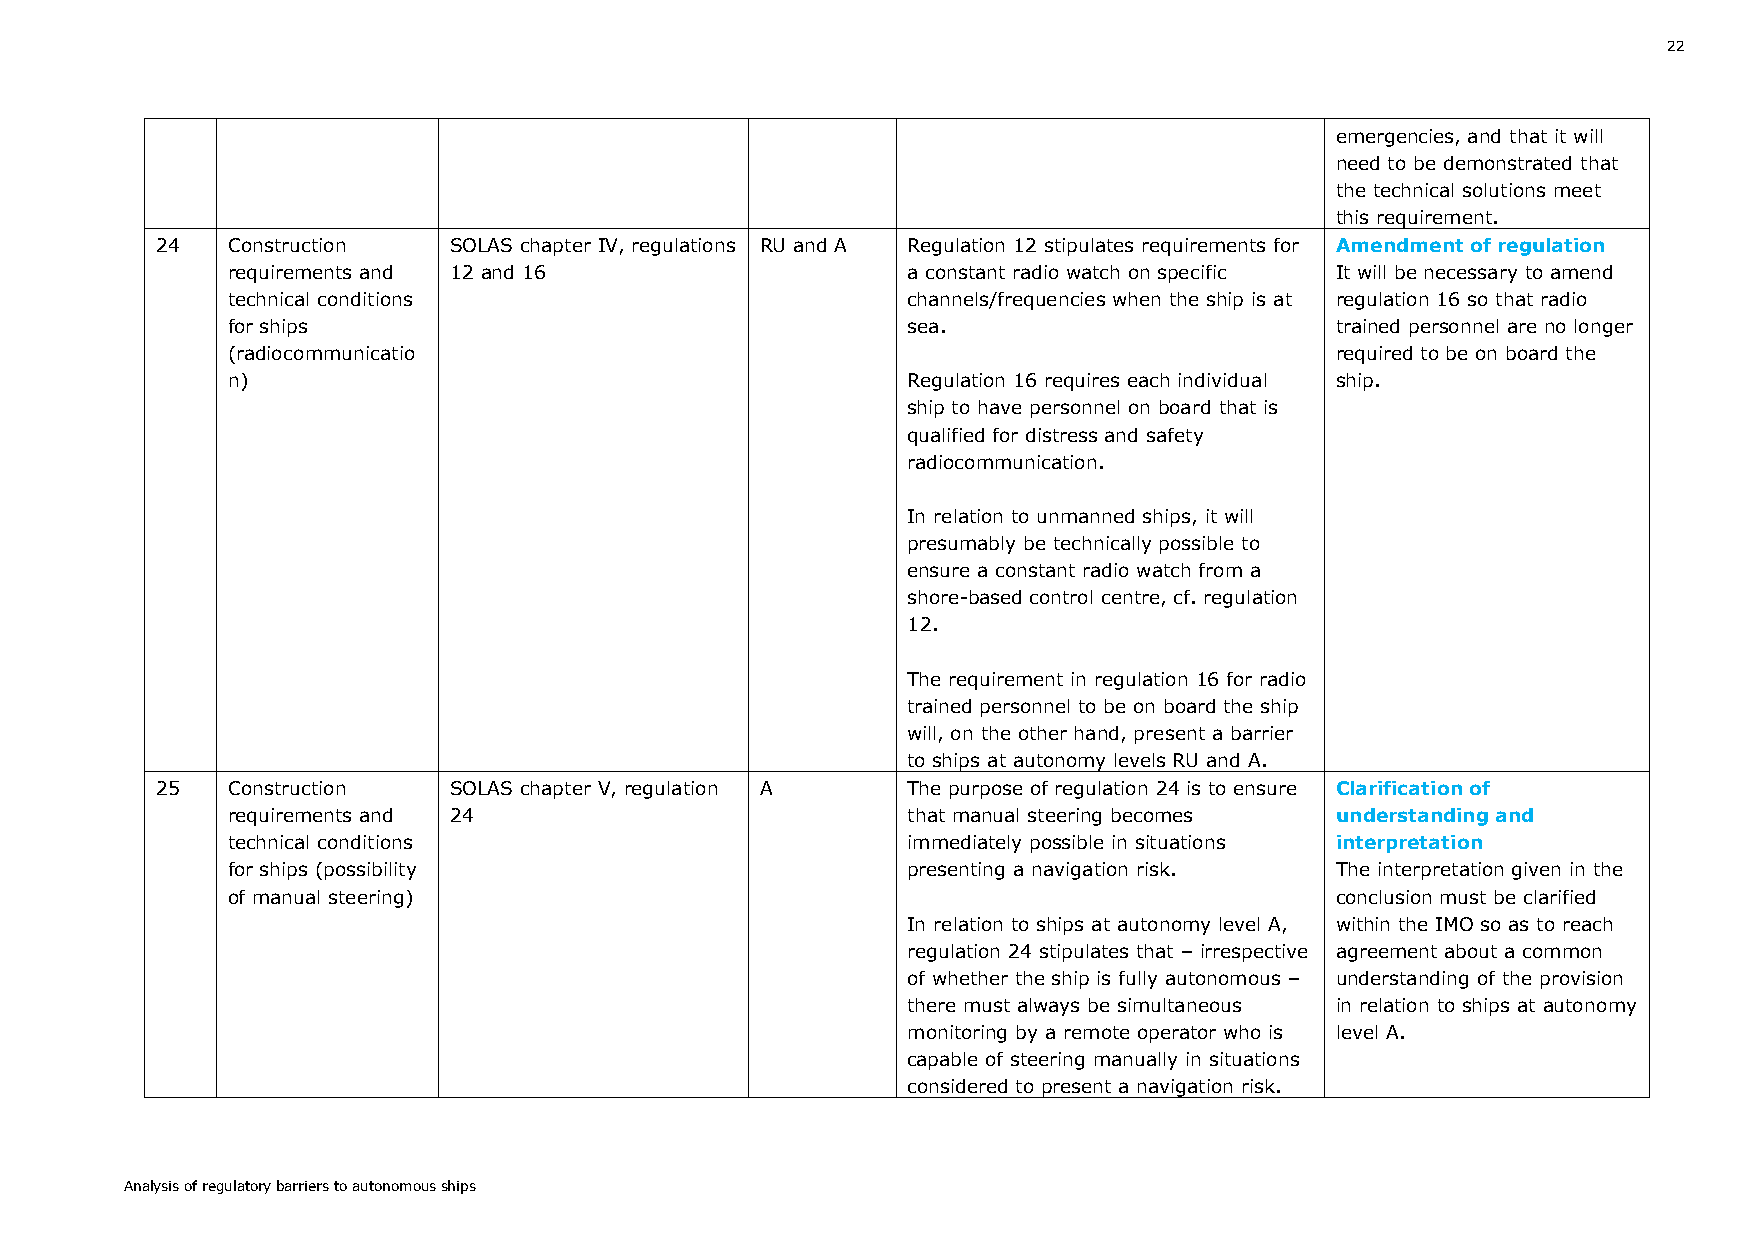
22
 emergencies, and that it will
 need to be demonstrated that
 the technical solutions meet
 this requirement.
 24   Construction   SOLAS chapter IV, regulations RU and A Regulation 12 stipulates requirements for Amendment of regulation
 requirements and 12 and 16                   a constant radio watch on specific It will be necessary to amend
 technical conditions                         channels/frequencies when the ship is at regulation 16 so that radio
 for ships                                    sea.                        trained personnel are no longer
 (radiocommunicatio                                                       required to be on board the
 n)                                           Regulation 16 requires each individual ship.
 ship to have personnel on board that is
 qualified for distress and safety
 radiocommunication.
 In relation to unmanned ships, it will
 presumably be technically possible to
 ensure a constant radio watch from a
 shore-based control centre, cf. regulation
 12.
 The requirement in regulation 16 for radio
 trained personnel to be on board the ship
 will, on the other hand, present a barrier
 to ships at autonomy levels RU and A.
 25   Construction   SOLAS chapter V, regulation A The purpose of regulation 24 is to ensure Clarification of
 requirements and 24                          that manual steering becomes understanding and
 technical conditions                         immediately possible in situations interpretation
 for ships (possibility                       presenting a navigation risk. The interpretation given in the
 of manual steering)                                                      conclusion must be clarified
 In relation to ships at autonomy level A, within the IMO so as to reach
 regulation 24 stipulates that – irrespective agreement about a common
 of whether the ship is fully autonomous – understanding of the provision
 there must always be simultaneous in relation to ships at autonomy
 monitoring by a remote operator who is level A.
 capable of steering manually in situations
 considered to present a navigation risk.
 Analysis of regulatory barriers to autonomous ships